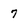
Character: 7